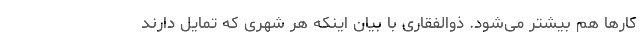
کارها هم بیشتر می‌شود. ذوالفقاری با بیان اینکه هر شهری که تمایل دارند